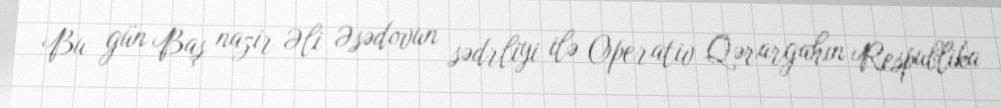
Bu gün Baş nazir Əli Əsədovun sədrliyi ilə Operativ Qərargahın Respublika